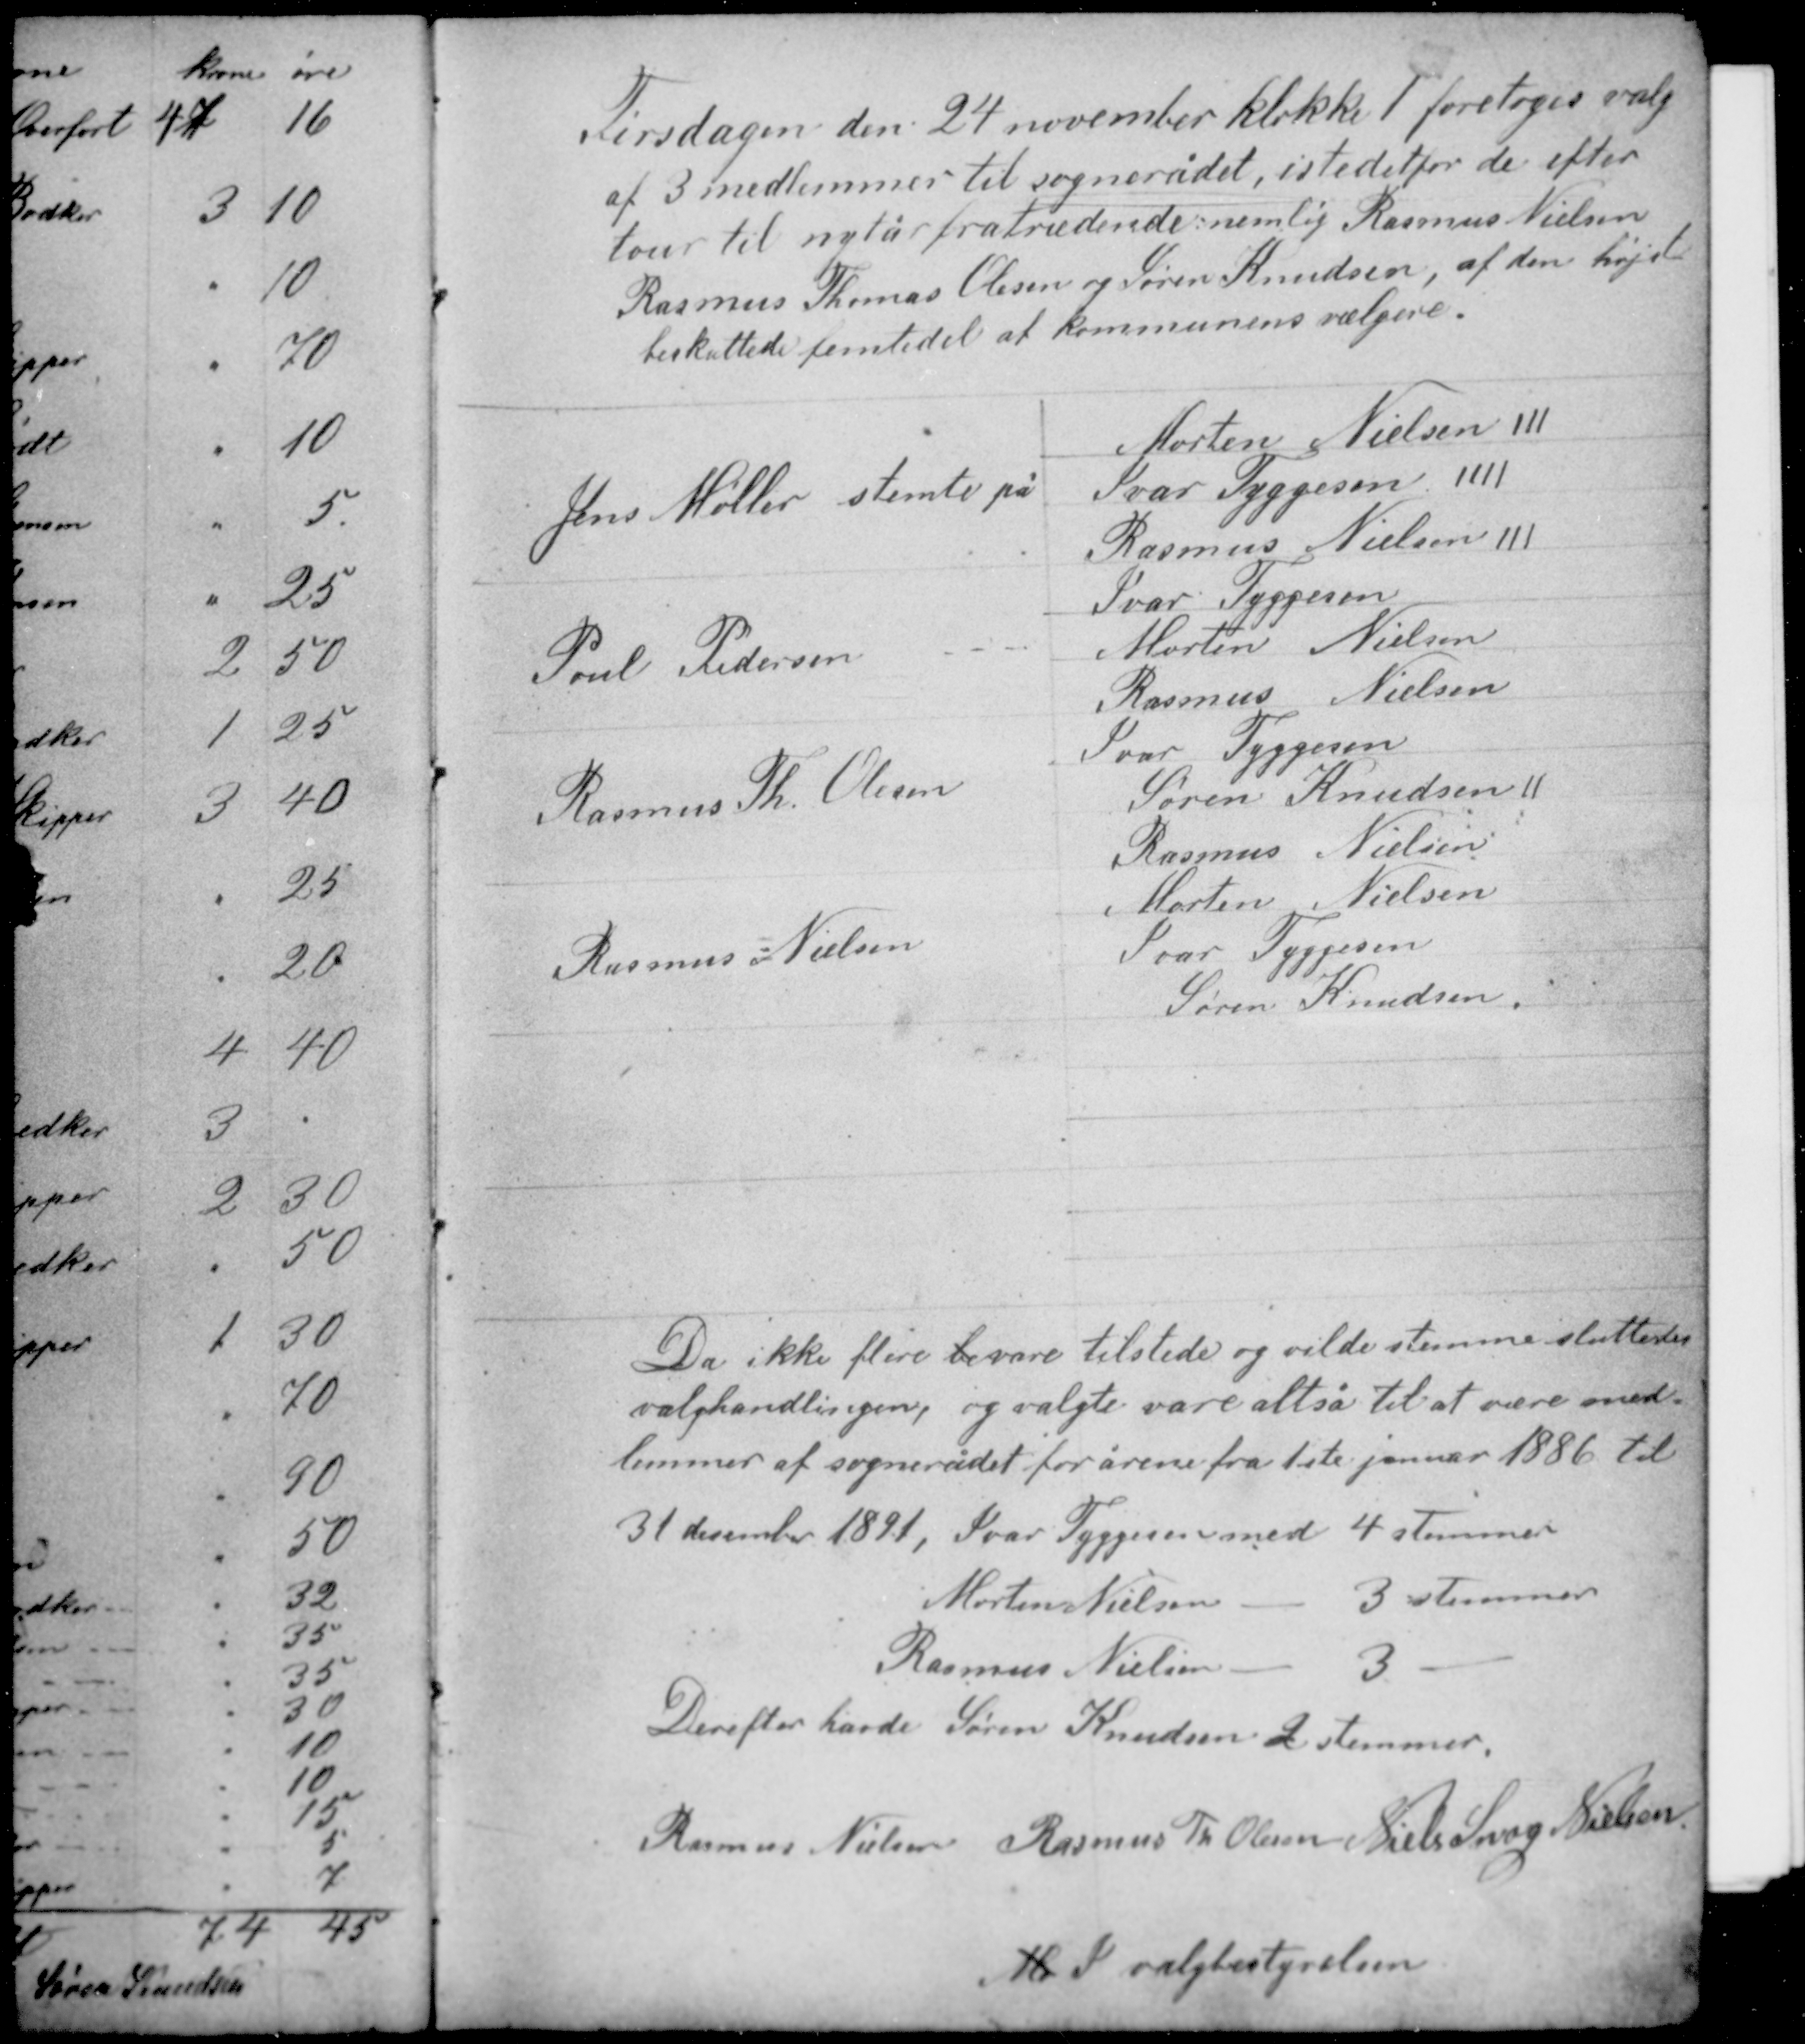
Transskription:
Tirsdagen den 24 november klokke 1 foretoges valg
af 3 medlemmer til sognerådet, istedetfor de efter
tour til nytår fratrædende nemlig Rasmus Nielsen
Rasmus Thomas Olesen og Søren Knudsen, af den højst
beskattede femtedel af kommunens vælgere.

Da ikke flere be vare tilstede og vilde stemme sluttedes
valghandlingen, og valgte vare altså til at være med-
lemmer af sognerådet for årene fra 1ste januar 1886 til
31 december 1891, Ivar Tyggesen med 4 stemmer

Morten Nielsen - 3 stemmer
Rasmus Nielsen - 3 -
Derefter havde Søren Knudsen 2 stemmer

Rasmus Nielsen Rasmus Th Olesen Niels Snog Nielsen
M I valgbestyrelsen